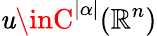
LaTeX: \mathit{u}\inC^{|\alpha|}(\mathbb{{R}}^{n})